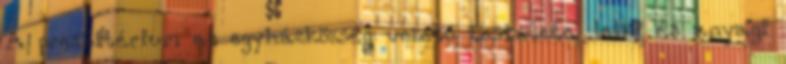
A presbitérium az egyházközség vezető testülete, lelki és anyagi